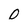
Character: O